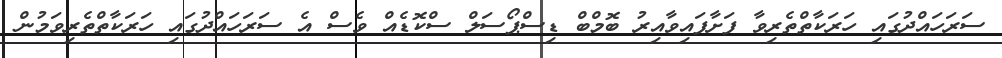
ސަރަހައްދުގައި ހަރަކާތްތެރިވާ ފަށާފައިވާއިރު ބޮމްބް ޑިސްޕޯސަލް ސްކޮޑެއް ވެސް އެ ސަރަހައްދުގައި ހަރަކާތްތެރިވަމުން